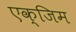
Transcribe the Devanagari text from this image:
एक्जिम